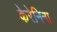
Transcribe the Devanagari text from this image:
केरेनिना